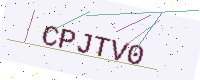
Text: CPJTV0